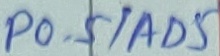
Text: P0.5/AD5